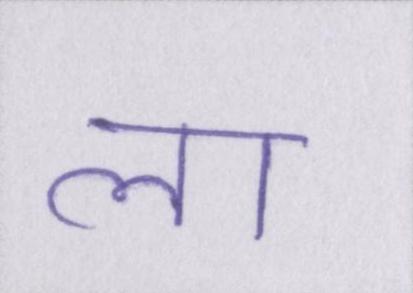
ला